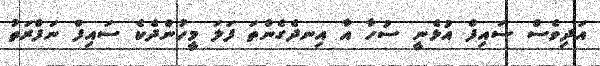
އަދިވެސް ސައިފް އުޅެނީ ސުހާ އާ އިނދެގެންތަ ފަލަ މީހުންދެކެ ސައިފް ނަފްރަތު